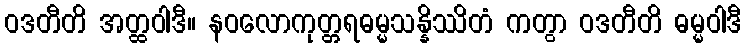
ဝဒတီတိ အတ္ထဝါဒီ။ နဝလောကုတ္တရဓမ္မသန္နိဿိတံ ကတွာ ဝဒတီတိ ဓမ္မဝါဒီ